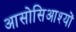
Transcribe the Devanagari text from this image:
आसोसिआश्यों